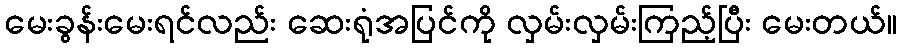
မေးခွန်းမေးရင်လည်း ဆေးရုံအပြင်ကို လှမ်းလှမ်းကြည့်ပြီး မေးတယ်။